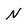
Character: N